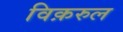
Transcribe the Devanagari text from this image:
विक़रुल